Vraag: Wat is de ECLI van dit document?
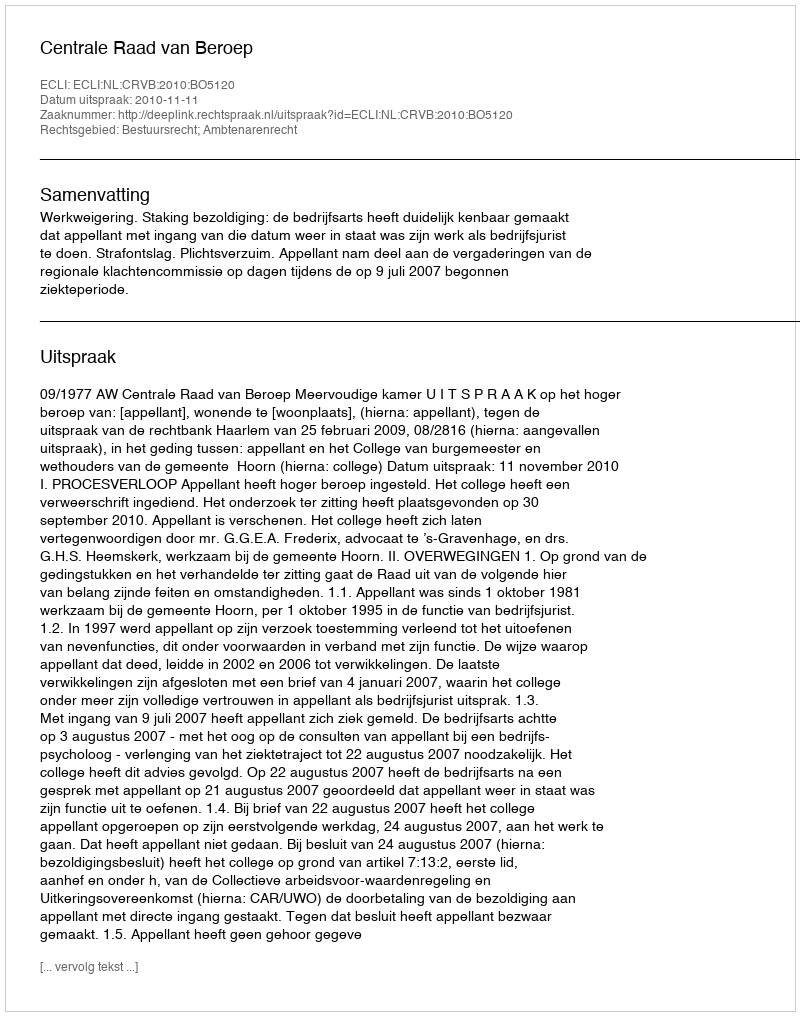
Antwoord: ECLI:NL:CRVB:2010:BO5120